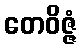
တေဝိဇ္ဇံ